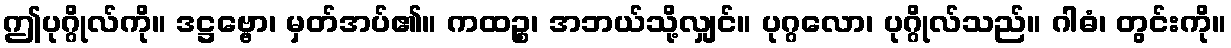
ဤပုဂ္ဂိုလ်ကို။ ဒဋ္ဌဗ္ဗော၊ မှတ်အပ်၏။ ကထဉ္စ၊ အဘယ်သို့လျှင်။ ပုဂ္ဂလော၊ ပုဂ္ဂိုလ်သည်။ ဂါဓံ၊ တွင်းကို။